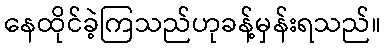
နေထိုင်ခဲ့ကြသည်ဟုခန့်မှန်းရသည်။